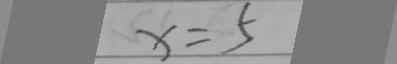
x = 5